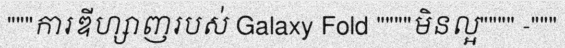
"""ការឌីហ្សាញរបស់ Galaxy Fold """"មិនល្អ"""" -"""